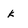
Character: k